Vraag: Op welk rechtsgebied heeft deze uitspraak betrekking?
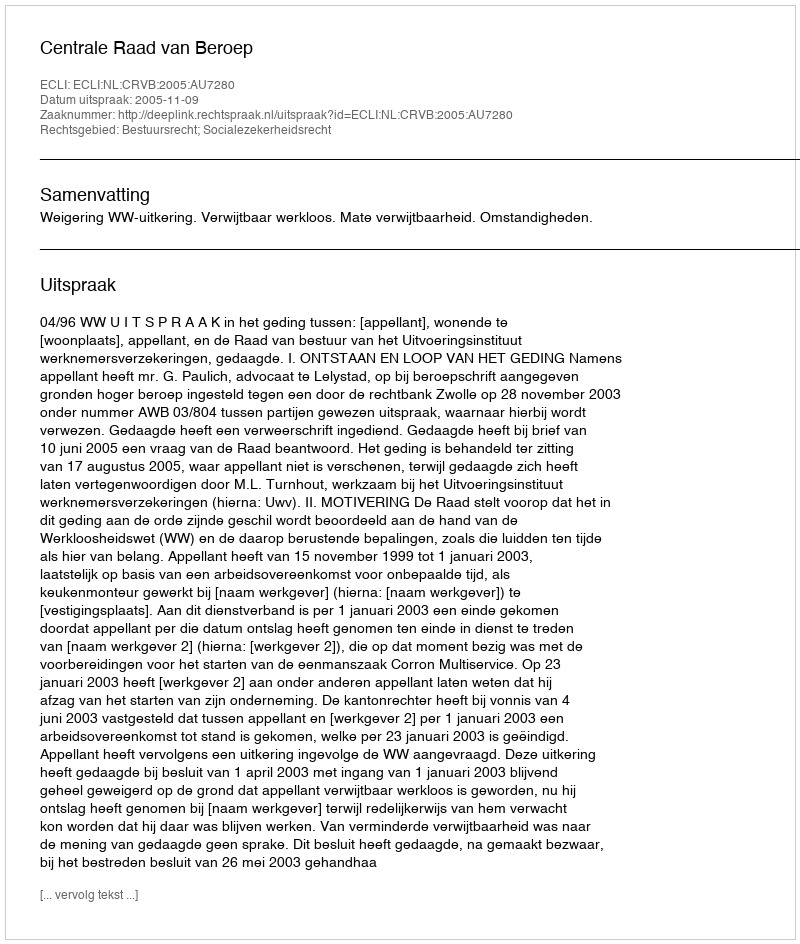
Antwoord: Bestuursrecht; Socialezekerheidsrecht